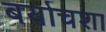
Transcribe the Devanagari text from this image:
बर्याचशा